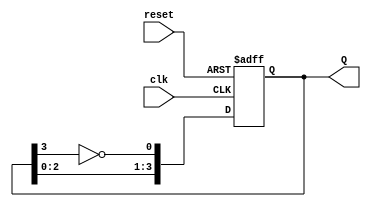
module JohnsonCounter (
    input wire clk,       // Clock signal
    input wire reset,     // Asynchronous reset signal
    output reg [3:0] Q    // 4-bit output
);

    // Asynchronous reset and state transition logic
    always @(posedge clk or posedge reset) begin
        if (reset) begin
            Q <= 4'b0000; // Reset the counter to 0000
        end else begin
            Q[0] <= ~Q[3]; // D0 = ~Q3
            Q[1] <= Q[0];  // D1 = Q0
            Q[2] <= Q[1];  // D2 = Q1
            Q[3] <= Q[2];  // D3 = Q2
        end
    end

endmodule